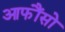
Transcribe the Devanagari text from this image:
आफौंसो